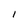
Character: I